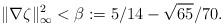
LaTeX: \begin{align*} \|\nabla\zeta\|_\infty^2<\beta:=5/14-\sqrt{65}/70. \end{align*}